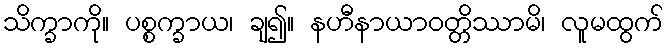
သိက္ခာကို။ ပစ္စက္ခာယ၊ ချ၍။ နဟီနာယာဝတ္တိဿာမိ၊ လူမထွက်